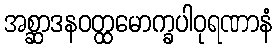
အစ္ဆာဒနဝတ္ထမောက္ခပါဝုရဏာနံ